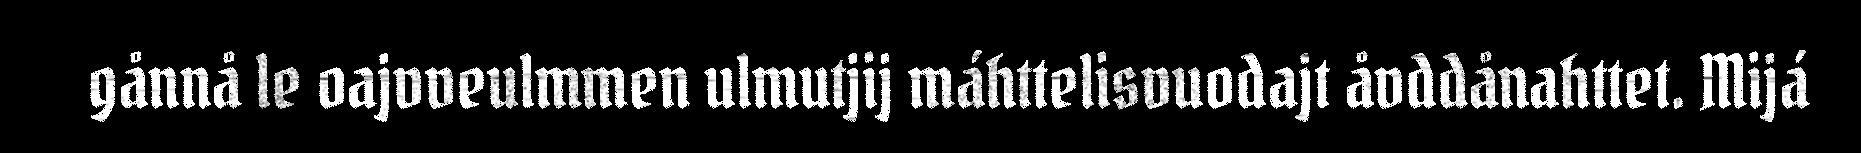
gånnå le oajvveulmmen ulmutjij máhttelisvuodajt åvddånahttet. Mijá